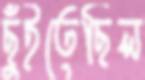
ছুঁইতেছিল